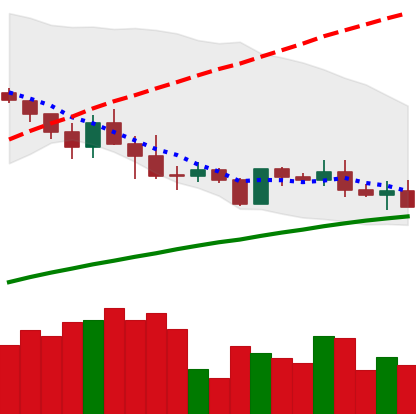
Ticker: ADA-USD
Chart end date: 2019-05-07
Forward return: 9.448%
Label: up_7plus